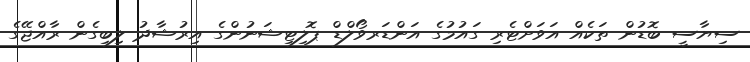
ސިޔާސީ ބޮޑުން ތަކެއް އަވަށްޓެރި ގައުމުގެ އަންޑަރވޯލްޑް ޕޮލިޓިޝަނުންގެ އިރުޝާދު ލިބިގެން ރާއްޖޭގެ